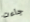
جاءت